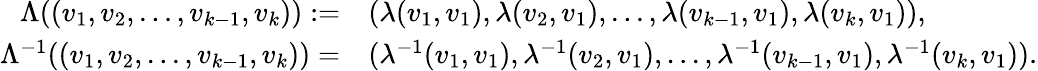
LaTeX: \begin{array}{rl}{\Lambda((v_{1},v_{2},...,v_{k-1},v_{k})):=}&{(\lambda(v_{1},v_{1}),\lambda(v_{2},v_{1}),...,\lambda(v_{k-1},v_{1}),\lambda(v_{k},v_{1})),}\\ {\Lambda^{-1}((v_{1},v_{2},...,v_{k-1},v_{k}))=}&{(\lambda^{-1}(v_{1},v_{1}),\lambda^{-1}(v_{2},v_{1}),...,\lambda^{-1}(v_{k-1},v_{1}),\lambda^{-1}(v_{k},v_{1})).}\end{array}